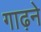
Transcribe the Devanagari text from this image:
गाढ़ने